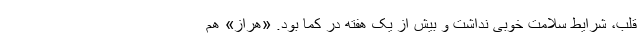
قلب، شرایط سلامت خوبی نداشت و بیش از یک هفته در کما بود. «هراز» هم